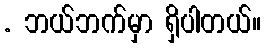
. ဘယ်ဘက်မှာ ရှိပါတယ်။